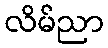
လိမ်ညာ